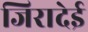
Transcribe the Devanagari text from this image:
जिरादेई